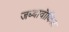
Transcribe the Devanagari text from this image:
जब्बावॉकिज़